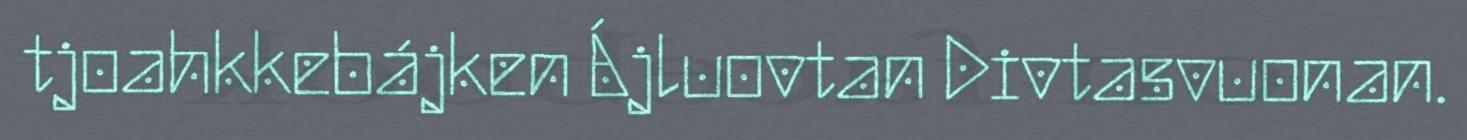
tjoahkkebájken Ájluovtan Divtasvuonan.